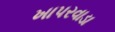
ખાપરવાડા